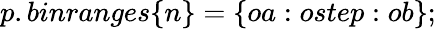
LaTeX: p.binranges\{ n\} =\{ oa:ostep:ob\} ;